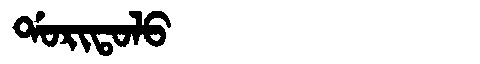
Manchu: ᡩᠣᡵᡳᡨᠣᠯᠣ
Romanization: DORITOLO